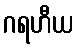
ဂရဟီယ